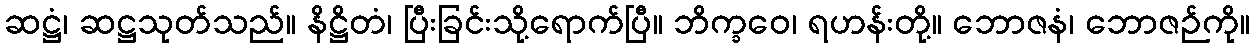
ဆဋ္ဌံ၊ ဆဋ္ဌသုတ်သည်။ နိဋ္ဌိတံ၊ ပြီးခြင်းသို့ရောက်ပြီ။ ဘိက္ခဝေ၊ ရဟန်းတို့။ ဘောဇနံ၊ ဘောဇဉ်ကို။